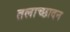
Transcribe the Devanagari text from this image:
तलाच्छादन